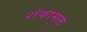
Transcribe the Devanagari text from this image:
शंकामुक्त